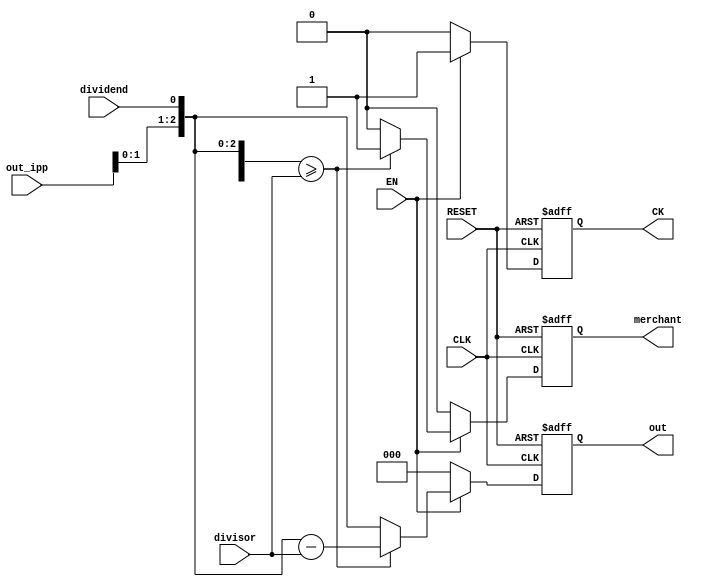
/*
Author: DUMU
Created at: 2021.12.17 22:44 BeiJing

unit of divider.v:divider
*/
module divider_cell #(parameter N=5, parameter M=3)
    (
        input CLK,
        input RESET,
        input EN,
        input[M-1:0] out_ipp,
        input dividend,
        input[M-1:0] divisor,
        output reg merchant,
        output reg[M-1:0] out,
        output reg CK
    );
    always@(posedge(CLK) or posedge(RESET)) begin
        if(RESET) begin
            CK<=1'b0;
            merchant<=1'b0;
            out<=1'b0;
        end
        else if(EN) begin
            CK<=1'b1;
            if({out_ipp, dividend}>=divisor) begin
                merchant<=1'b1;
                out<={out_ipp, dividend}-divisor;
            end
            else begin
                merchant<=1'b0;
                out<={out_ipp, dividend};
            end
        end
        else begin
            CK<=1'b0;
            merchant<=1'b0;
            out<=1'b0;
        end
    end
endmodule